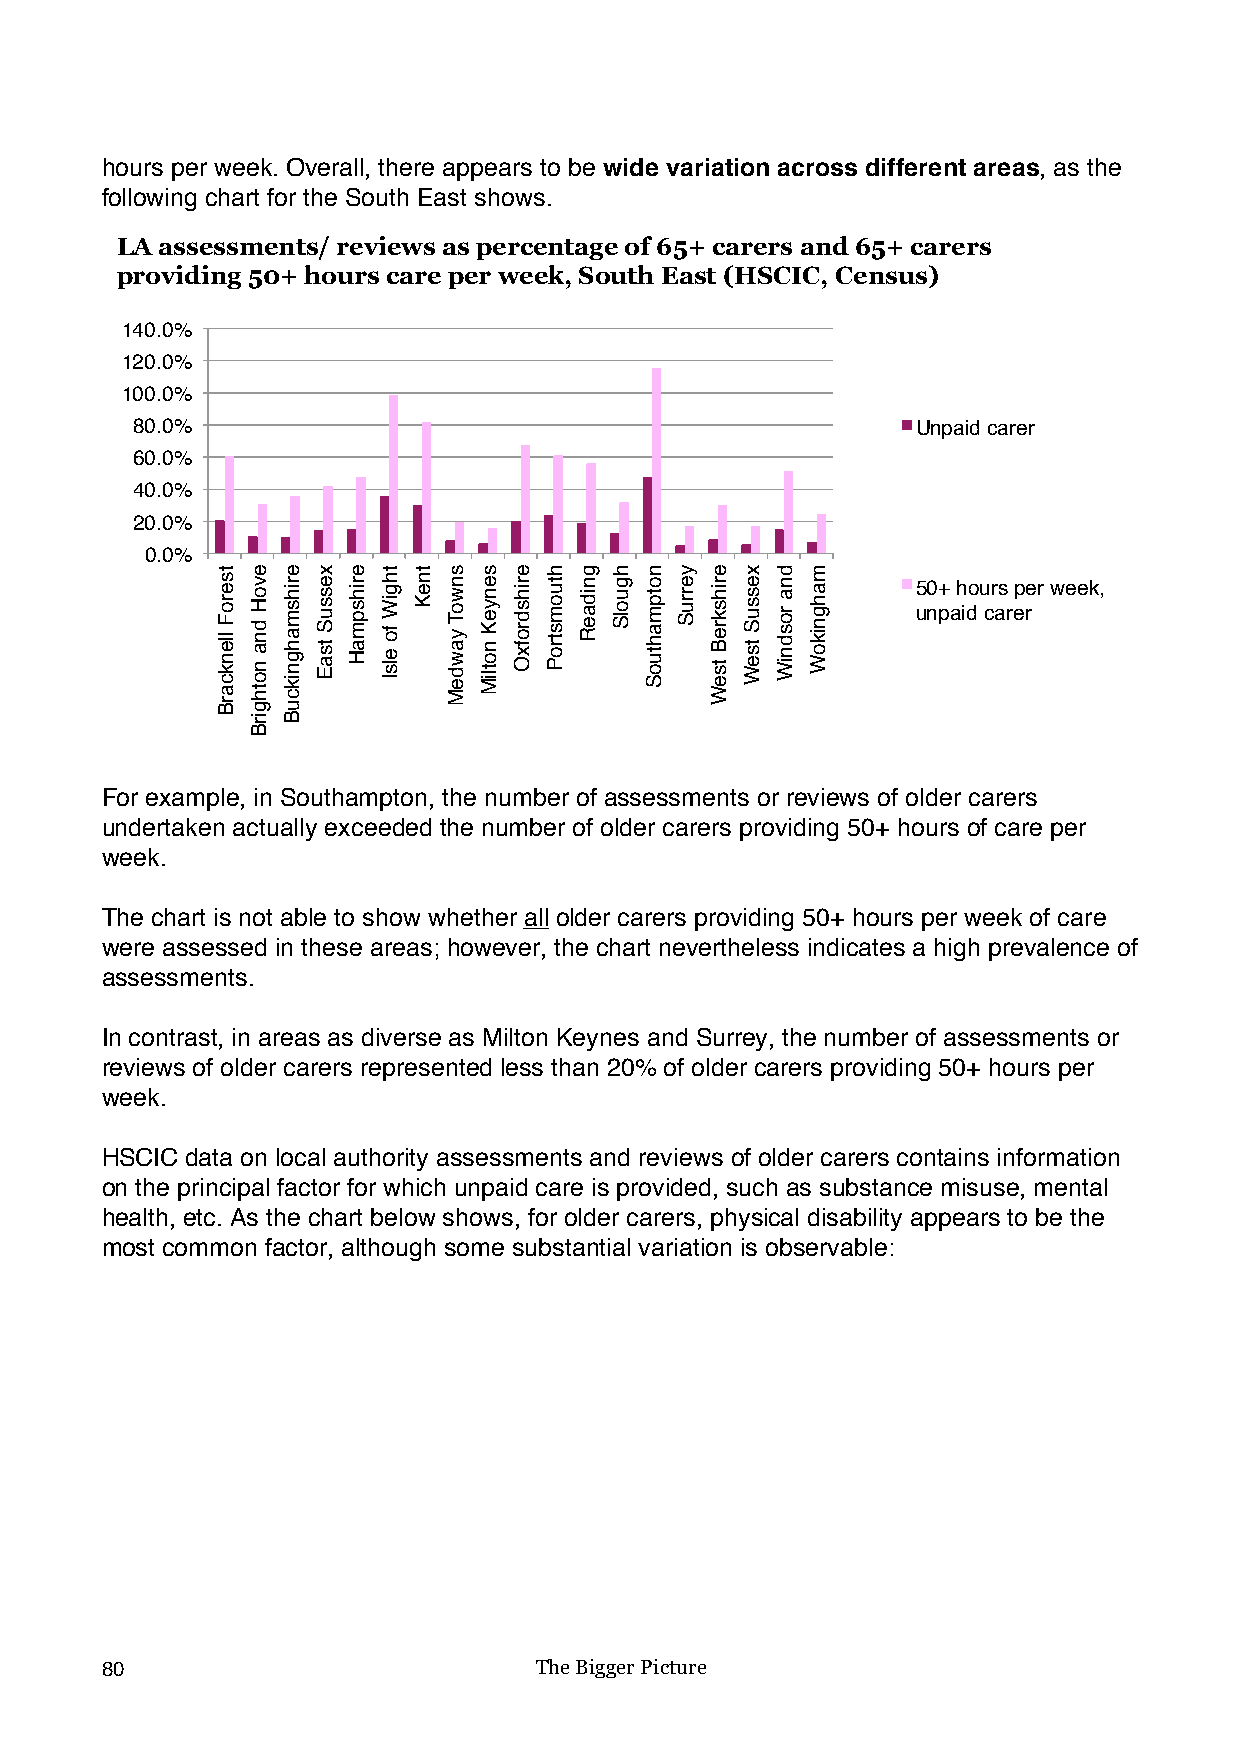
hours per week. Overall, there appears to be wide variation across different areas, as the
 following chart for the South East shows.
 LA assessments/ reviews as percentage of 65+ carers and 65+ carers
 providing 50+ hours care per week, South East (HSCIC, Census)
 140.0%
 120.0%
 100.0%
 80.0%                                               Unpaid carer
 60.0%
 40.0%
 20.0%
 0.0%
 50+ hours per week,
 unpaid carer
 !
 For example, in Southampton, the number of assessments or reviews of older carers
 undertaken actually exceeded the number of older carers providing 50+ hours of care per
 week.
 The chart is not able to show whether all older carers providing 50+ hours per week of care
 were assessed in these areas; however, the chart nevertheless indicates a high prevalence of
 assessments.
 In contrast, in areas as diverse as Milton Keynes and Surrey, the number of assessments or
 reviews of older carers represented less than 20% of older carers providing 50+ hours per
 week.
 HSCIC data on local authority assessments and reviews of older carers contains information
 on the principal factor for which unpaid care is provided, such as substance misuse, mental
 health, etc. As the chart below shows, for older carers, physical disability appears to be the
 most common factor, although some substantial variation is observable:
 80                          The Bigger Picture
 tseroF
 llenkcarB
 evoH
 dna
 nothgirB
 erihsmahgnikcuB xessuS
 tsaE
 erihspmaH thgiW
 fo
 elsI
 tneK snwoT
 yawdeM
 senyeK
 notliM
 erihsdrofxO htuomstroP gnidaeR hguolS notpmahtuoS yerruS erihskreB
 tseW
 xessuS
 tseW
 dna
 rosdniW
 mahgnikoW